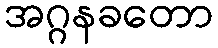
အဂ္ဂနခတော